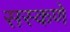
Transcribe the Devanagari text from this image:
सस्कणे